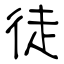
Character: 徒